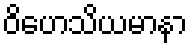
ဝိဟေသိယမာနာ